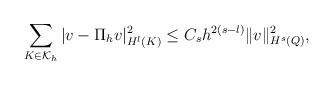
LaTeX: \begin{align*} \sum_{K \in \mathcal{K}_{h}}|v - \Pi_{h}v|^{2}_{H^{l}(K)} & \leq C_s h^{2(s-l)} \|v \|^2_{H^{s}(Q)}, \end{align*}